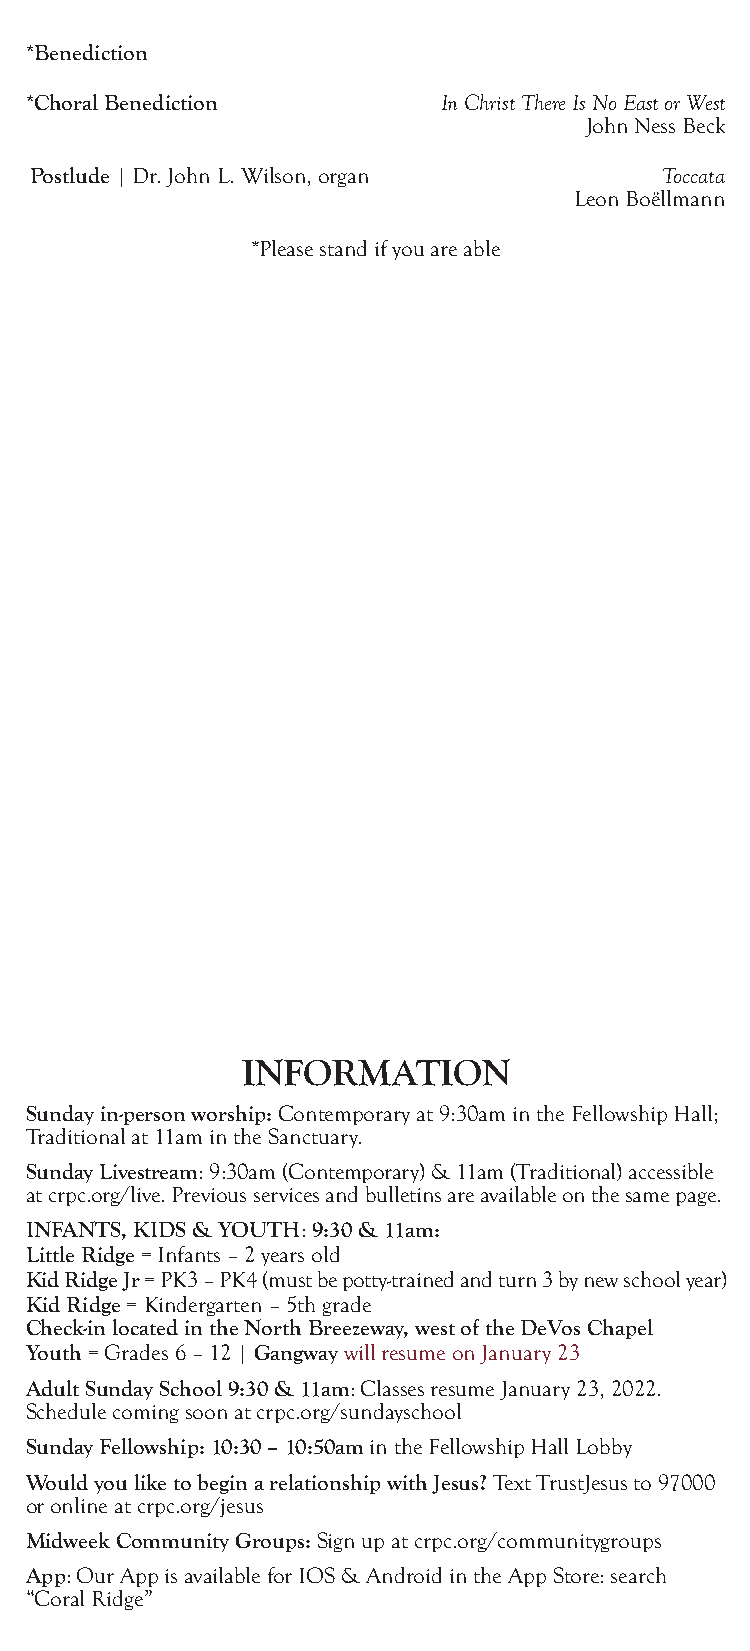
*Benediction
 *Choral Benediction        In Christ There Is No East or West
 John Ness Beck
 Postlude | Dr. John L. Wilson, organ      Toccata
 Leon Boëllmann
 *Please stand if you are able
 INFORMATION
 Sunday in-person worship: Contemporary at 9:30am in the Fellowship Hall;
 Traditional at 11am in the Sanctuary.
 Sunday Livestream: 9:30am (Contemporary) & 11am (Traditional) accessible
 at crpc.org/live. Previous services and bulletins are available on the same page.
 INFANTS, KIDS & YOUTH: 9:30 & 11am:
 Little Ridge = Infants – 2 years old
 Kid Ridge Jr = PK3 – PK4 (must be potty-trained and turn 3 by new school year)
 Kid Ridge = Kindergarten – 5th grade
 Check-in located in the North Breezeway, west of the DeVos Chapel
 Youth = Grades 6 – 12 | Gangway will resume on January 23
 Adult Sunday School 9:30 & 11am: Classes resume January 23, 2022.
 Schedule coming soon at crpc.org/sundayschool
 Sunday Fellowship: 10:30 – 10:50am in the Fellowship Hall Lobby
 Would you like to begin a relationship with Jesus? Text TrustJesus to 97000
 or online at crpc.org/jesus
 Midweek Community Groups: Sign up at crpc.org/communitygroups
 App: Our App is available for IOS & Android in the App Store: search
 “Coral Ridge”